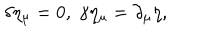
\delta \eta _ { \mu } = 0 , \; \gamma \eta _ { \mu } = \partial _ { \mu } \eta ,